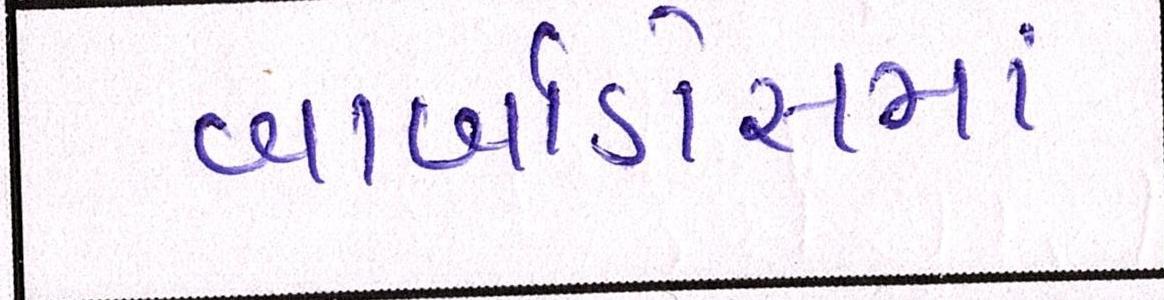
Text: બાર્બાડોસમાં